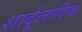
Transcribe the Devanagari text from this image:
शार्दूलादिक